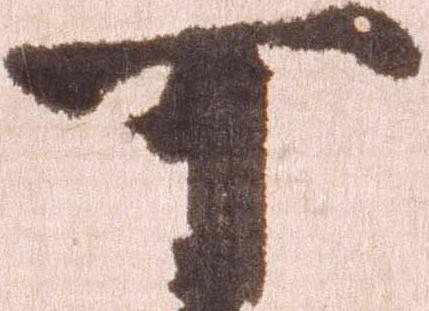
可